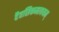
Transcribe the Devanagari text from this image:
दैवसिकमत्ययम्‌